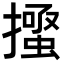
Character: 𭢰